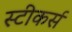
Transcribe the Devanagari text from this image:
स्टीकर्स